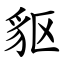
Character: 䝙